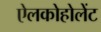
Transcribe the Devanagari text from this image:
ऐलकोहोलेंट